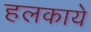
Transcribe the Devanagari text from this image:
हलकाये